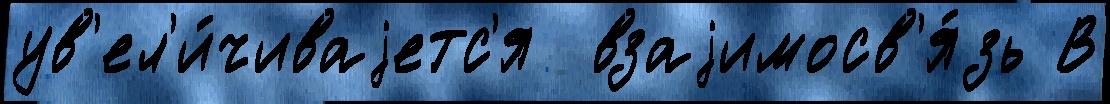
ув'ел'и́чиваjетс'я  взаjимосв'я́зь В